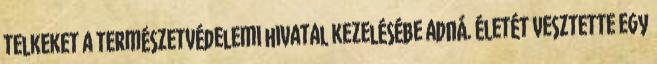
telkeket a természetvédelemi hivatal kezelésébe adná. Életét vesztette egy